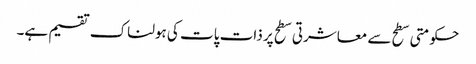
حکومتی سطح سے معاشرتی سطح پر ذات پات کی ہولناک تقسیم ہے۔